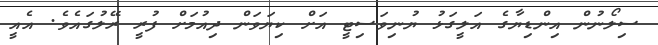
ސިލޯނުން އިންޑިޔާގެ އަލީގަޅު ޔުނިވަސިޓީ އަށް ކިޔަވަން ދިއުމަށް ފުރީ ރޭލުގައެވެ. އެއީ